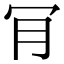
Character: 肎